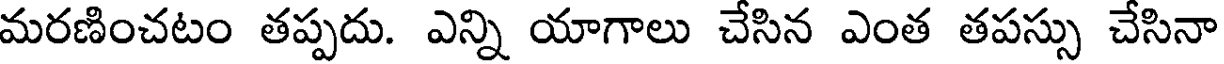
మరణించటం తప్పదు. ఎన్ని యాగాలు చేసిన ఎంత తపస్సు చేసినా